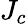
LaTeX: J_{c}